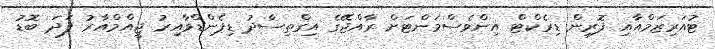
ޓުއަރިޒަމްއާއި ފޮރިން ޑިރެކްޓް އިންވެސްމަންޓަށް ރާއްޖޭގެ އިގްތިސާދު ޑިޕެންޑްވާއިރު ޖީއްމްއާރު ފަދަ ބޮޑު